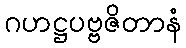
ဂဟဋ္ဌပဗ္ဗဇိတာနံ